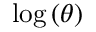
\log \left( \theta \right)